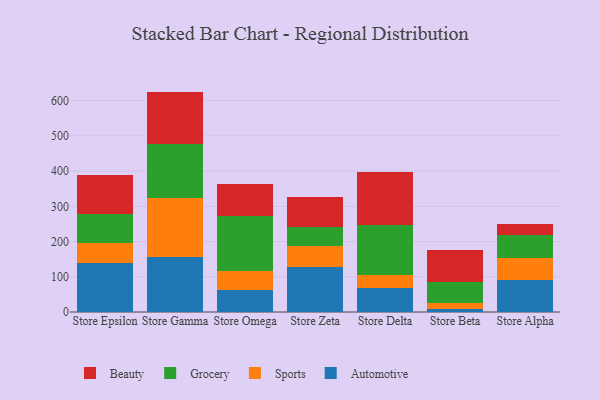
{"axis": {"x": "Store", "y": "Website Visitors"}, "legend": ["Automotive", "Beauty", "Grocery", "Sports"], "data": [{"x": "Store Epsilon", "y": 138.9, "type": "Automotive"}, {"x": "Store Epsilon", "y": 56.1, "type": "Sports"}, {"x": "Store Epsilon", "y": 82.5, "type": "Grocery"}, {"x": "Store Epsilon", "y": 111.4, "type": "Beauty"}, {"x": "Store Gamma", "y": 155.2, "type": "Automotive"}, {"x": "Store Gamma", "y": 168.5, "type": "Sports"}, {"x": "Store Gamma", "y": 152.2, "type": "Grocery"}, {"x": "Store Gamma", "y": 149.7, "type": "Beauty"}, {"x": "Store Omega", "y": 61.7, "type": "Automotive"}, {"x": "Store Omega", "y": 55.5, "type": "Sports"}, {"x": "Store Omega", "y": 156.0, "type": "Grocery"}, {"x": "Store Omega", "y": 90.2, "type": "Beauty"}, {"x": "Store Zeta", "y": 128.9, "type": "Automotive"}, {"x": "Store Zeta", "y": 59.6, "type": "Sports"}, {"x": "Store Zeta", "y": 53.3, "type": "Grocery"}, {"x": "Store Zeta", "y": 84.3, "type": "Beauty"}, {"x": "Store Delta", "y": 67.7, "type": "Automotive"}, {"x": "Store Delta", "y": 36.6, "type": "Sports"}, {"x": "Store Delta", "y": 142.3, "type": "Grocery"}, {"x": "Store Delta", "y": 150.6, "type": "Beauty"}, {"x": "Store Beta", "y": 9.7, "type": "Automotive"}, {"x": "Store Beta", "y": 15.4, "type": "Sports"}, {"x": "Store Beta", "y": 59.1, "type": "Grocery"}, {"x": "Store Beta", "y": 91.2, "type": "Beauty"}, {"x": "Store Alpha", "y": 89.8, "type": "Automotive"}, {"x": "Store Alpha", "y": 63.3, "type": "Sports"}, {"x": "Store Alpha", "y": 65.4, "type": "Grocery"}, {"x": "Store Alpha", "y": 31.2, "type": "Beauty"}]}